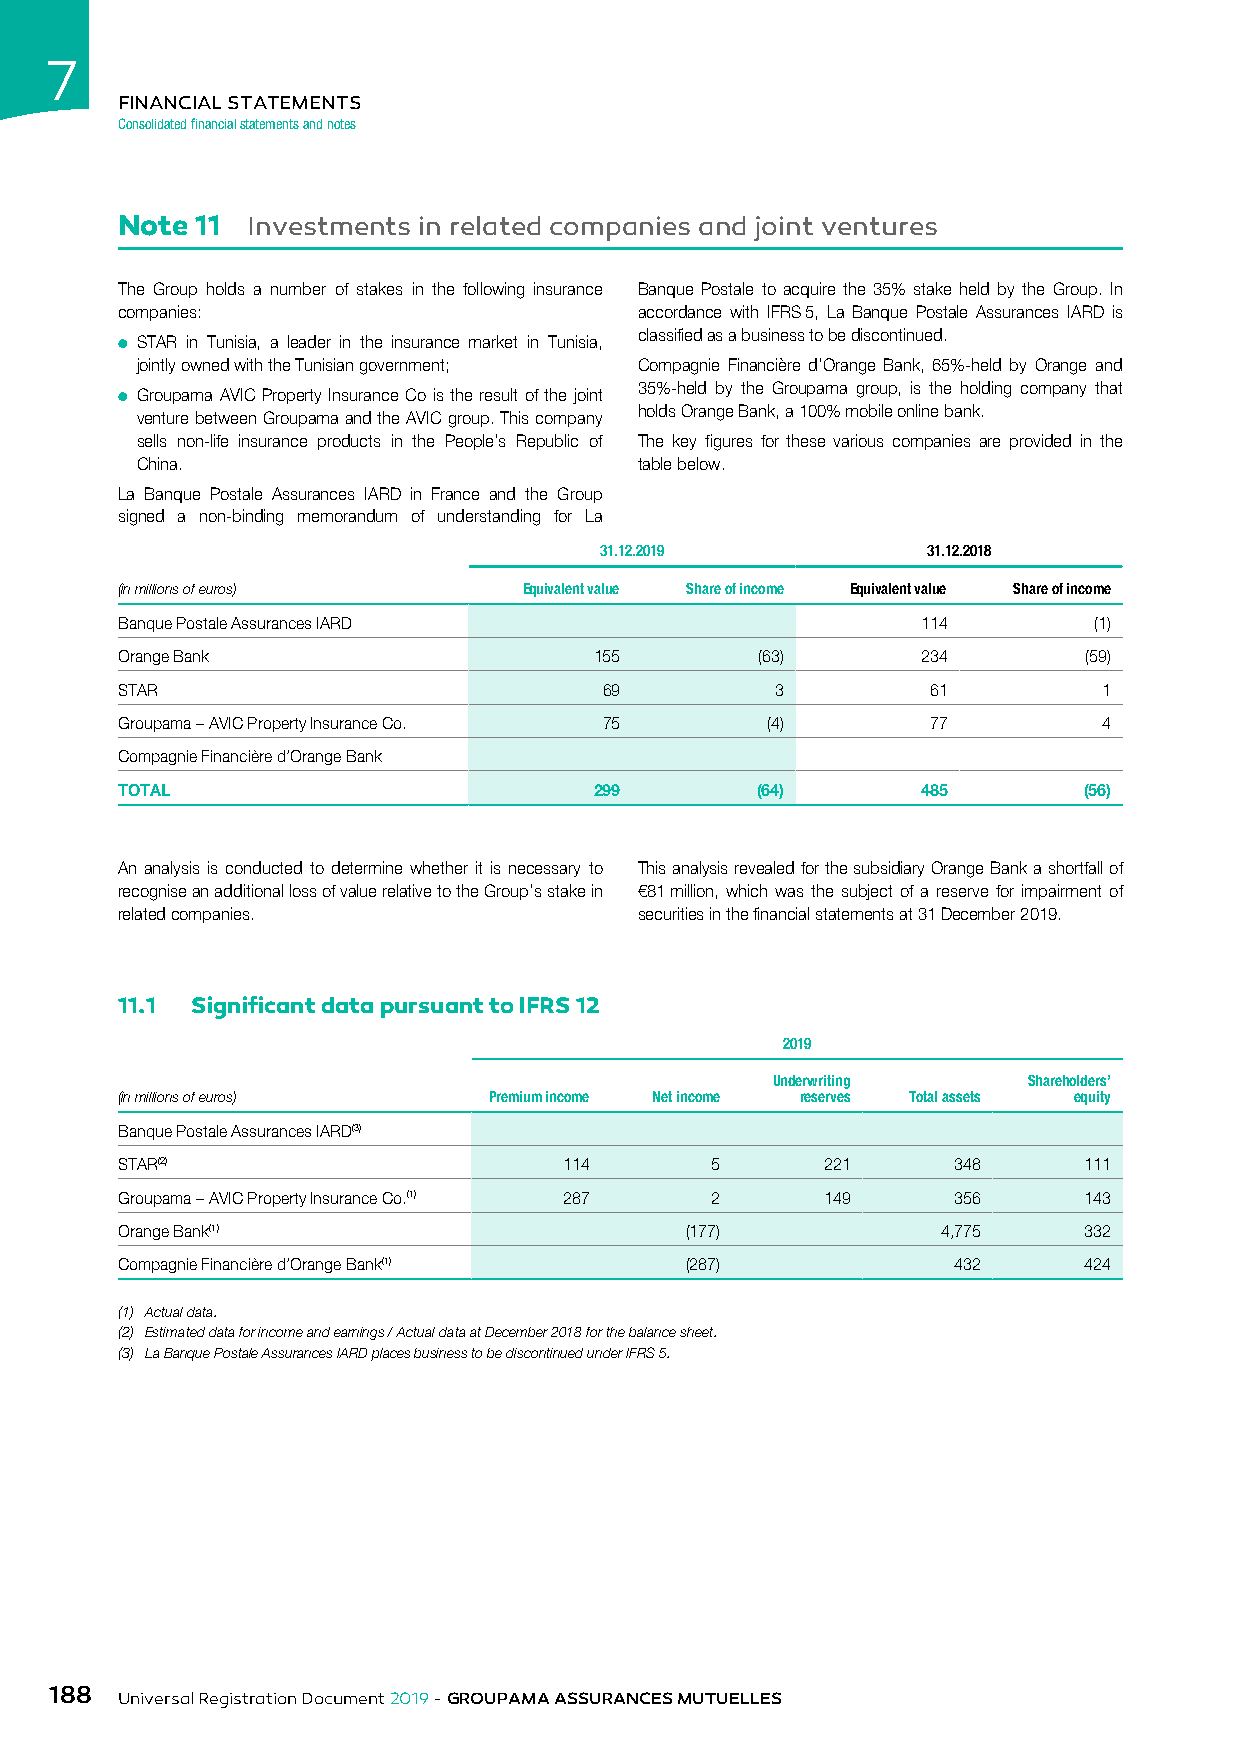
7
 FINANCIAL STATEMENTS
 Consolidated financial statements and notes
 Note 11 Investments in related companies and joint ventures
 The Group holds a number of stakes in the following insurance Banque Postale to acquire the 35% stake held by the Group. In
 companies:                        accordance with IFRS 5, La Banque Postale Assurances IARD is
 classified as a business to be discontinued.
 ● STAR in Tunisia, a leader in the insurance market in Tunisia,
 jointly owned with the Tunisian government; Compagnie Financière d’Orange Bank, 65%-held by Orange and
 35%-held by the Groupama group, is the holding company that
 ● Groupama AVIC Property Insurance Co is the result of the joint
 holds Orange Bank, a 100% mobile online bank.
 venture between Groupama and the AVIC group. This company
 sells non-life insurance products in the People’s Republic of The key figures for these various companies are provided in the
 China.                           table below.
 La Banque Postale Assurances IARD in France and the Group
 signed a non-binding memorandum of understanding for La
 31.12.2019           31.12.2018
 (in millions of euros)     Equivalent value Share of income Equivalent value Share of income
 Banque Postale Assurances IARD                       114        (1)
 Orange Bank                    155        (63)       234        (59)
 STAR                            69         3          61         1
 Groupama – AVIC Property Insurance Co. 75  (4)        77         4
 Compagnie Financière d’Orange Bank
 TOTAL                          299        (64)       485        (56)
 An analysis is conducted to determine whether it is necessary to This analysis revealed for the subsidiary Orange Bank a shortfall of
 recognise an additional loss of value relative to the Group’s stake in €81 million, which was the subject of a reserve for impairment of
 related companies.                securities in the financial statements at 31 December 2019.
 11.1 Significant data pursuant to IFRS 12
 2019
 Underwriting     Shareholders’
 (in millions of euros)  Premium income Net income reserves Total assets equity
 Banque Postale Assurances IARD(3)
 STAR(2)                      114       5       221     348      111
 Groupama – AVIC Property Insurance Co.(1) 287 2 149    356      143
 Orange Bank(1)                       (177)            4,775     332
 Compagnie Financière d’Orange Bank(1) (287)            432      424
 (1) Actual data.
 (2) Estimated data for income and earnings / Actual data at December 2018 for the balance sheet.
 (3) La Banque Postale Assurances IARD places business to be discontinued under IFRS 5.
 188
 Universal Registration Document 2019 - GROUPAMA ASSURANCES MUTUELLES